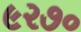
૯૨૭૦